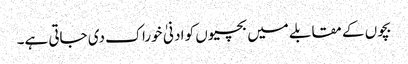
بچوں کے مقابلے میں بچیوں کو ادنیٰ خوراک دی جاتی ہے۔